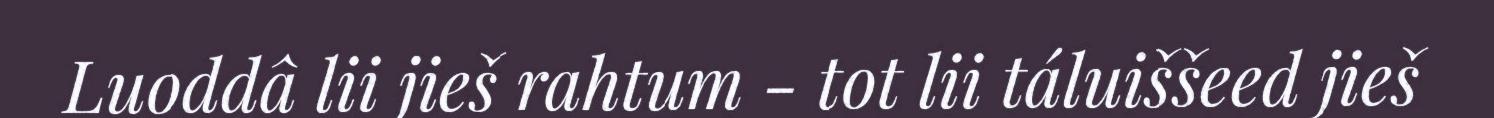
Luoddâ lii jieš rahtum - tot lii táluiššeed jieš